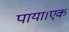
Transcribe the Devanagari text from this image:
पाया।एक